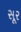
સૂર